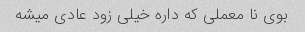
بوی نا معملی که داره خیلی زود عادی میشه